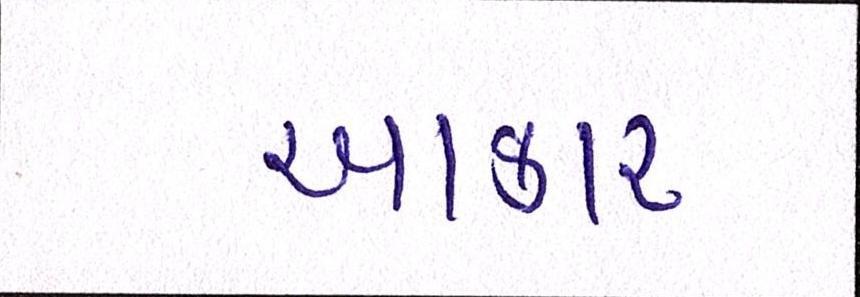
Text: આકાર